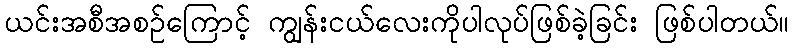
ယင်းအစီအစဉ်ကြောင့် ကျွန်းငယ်လေးကိုပါလုပ်ဖြစ်ခဲ့ခြင်း ဖြစ်ပါတယ်။